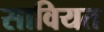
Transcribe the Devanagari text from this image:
सावियत